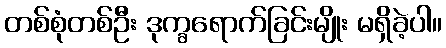
တစ်စုံတစ်ဦး ဒုက္ခရောက်ခြင်းမျိုး မရှိခဲ့ပါ။